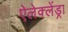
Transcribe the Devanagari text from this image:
ऐलेक्लेंड्रा